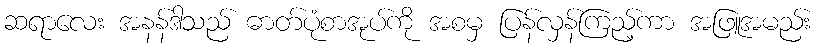
ဆရာလေး အနန်ဒါသည် ဓာတ်ပုံစာအုပ်ကို အစမှ ပြန်လှန်ကြည့်ကာ အဖြူအမည်း